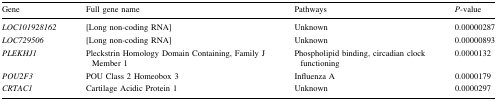
<table><thead><tr><td><b>Gene</b></td><td><b>Full gene name</b></td><td><b>Pathways</b></td><td><b><i>P</i>-value</b></td></tr></thead><tbody><tr><td><i>LOC101928162</i></td><td>[Long non-coding RNA]</td><td>Unknown</td><td>0.00000287</td></tr><tr><td><i>LOC729506</i></td><td>[Long non-coding RNA]</td><td>Unknown</td><td>0.00000893</td></tr><tr><td><i>PLEKHJ1</i></td><td>Pleckstrin Homology Domain Containing, Family J Member 1</td><td>Phospholipid binding, circadian clock functioning</td><td>0.0000132</td></tr><tr><td><i>POU2F3</i></td><td>POU Class 2 Homeobox 3</td><td>Influenza A</td><td>0.0000179</td></tr><tr><td><i>CRTAC1</i></td><td>Cartilage Acidic Protein 1</td><td>Unknown</td><td>0.0000297</td></tr></tbody></table>